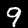
Digit: 9